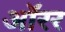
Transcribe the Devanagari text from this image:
ऑरर